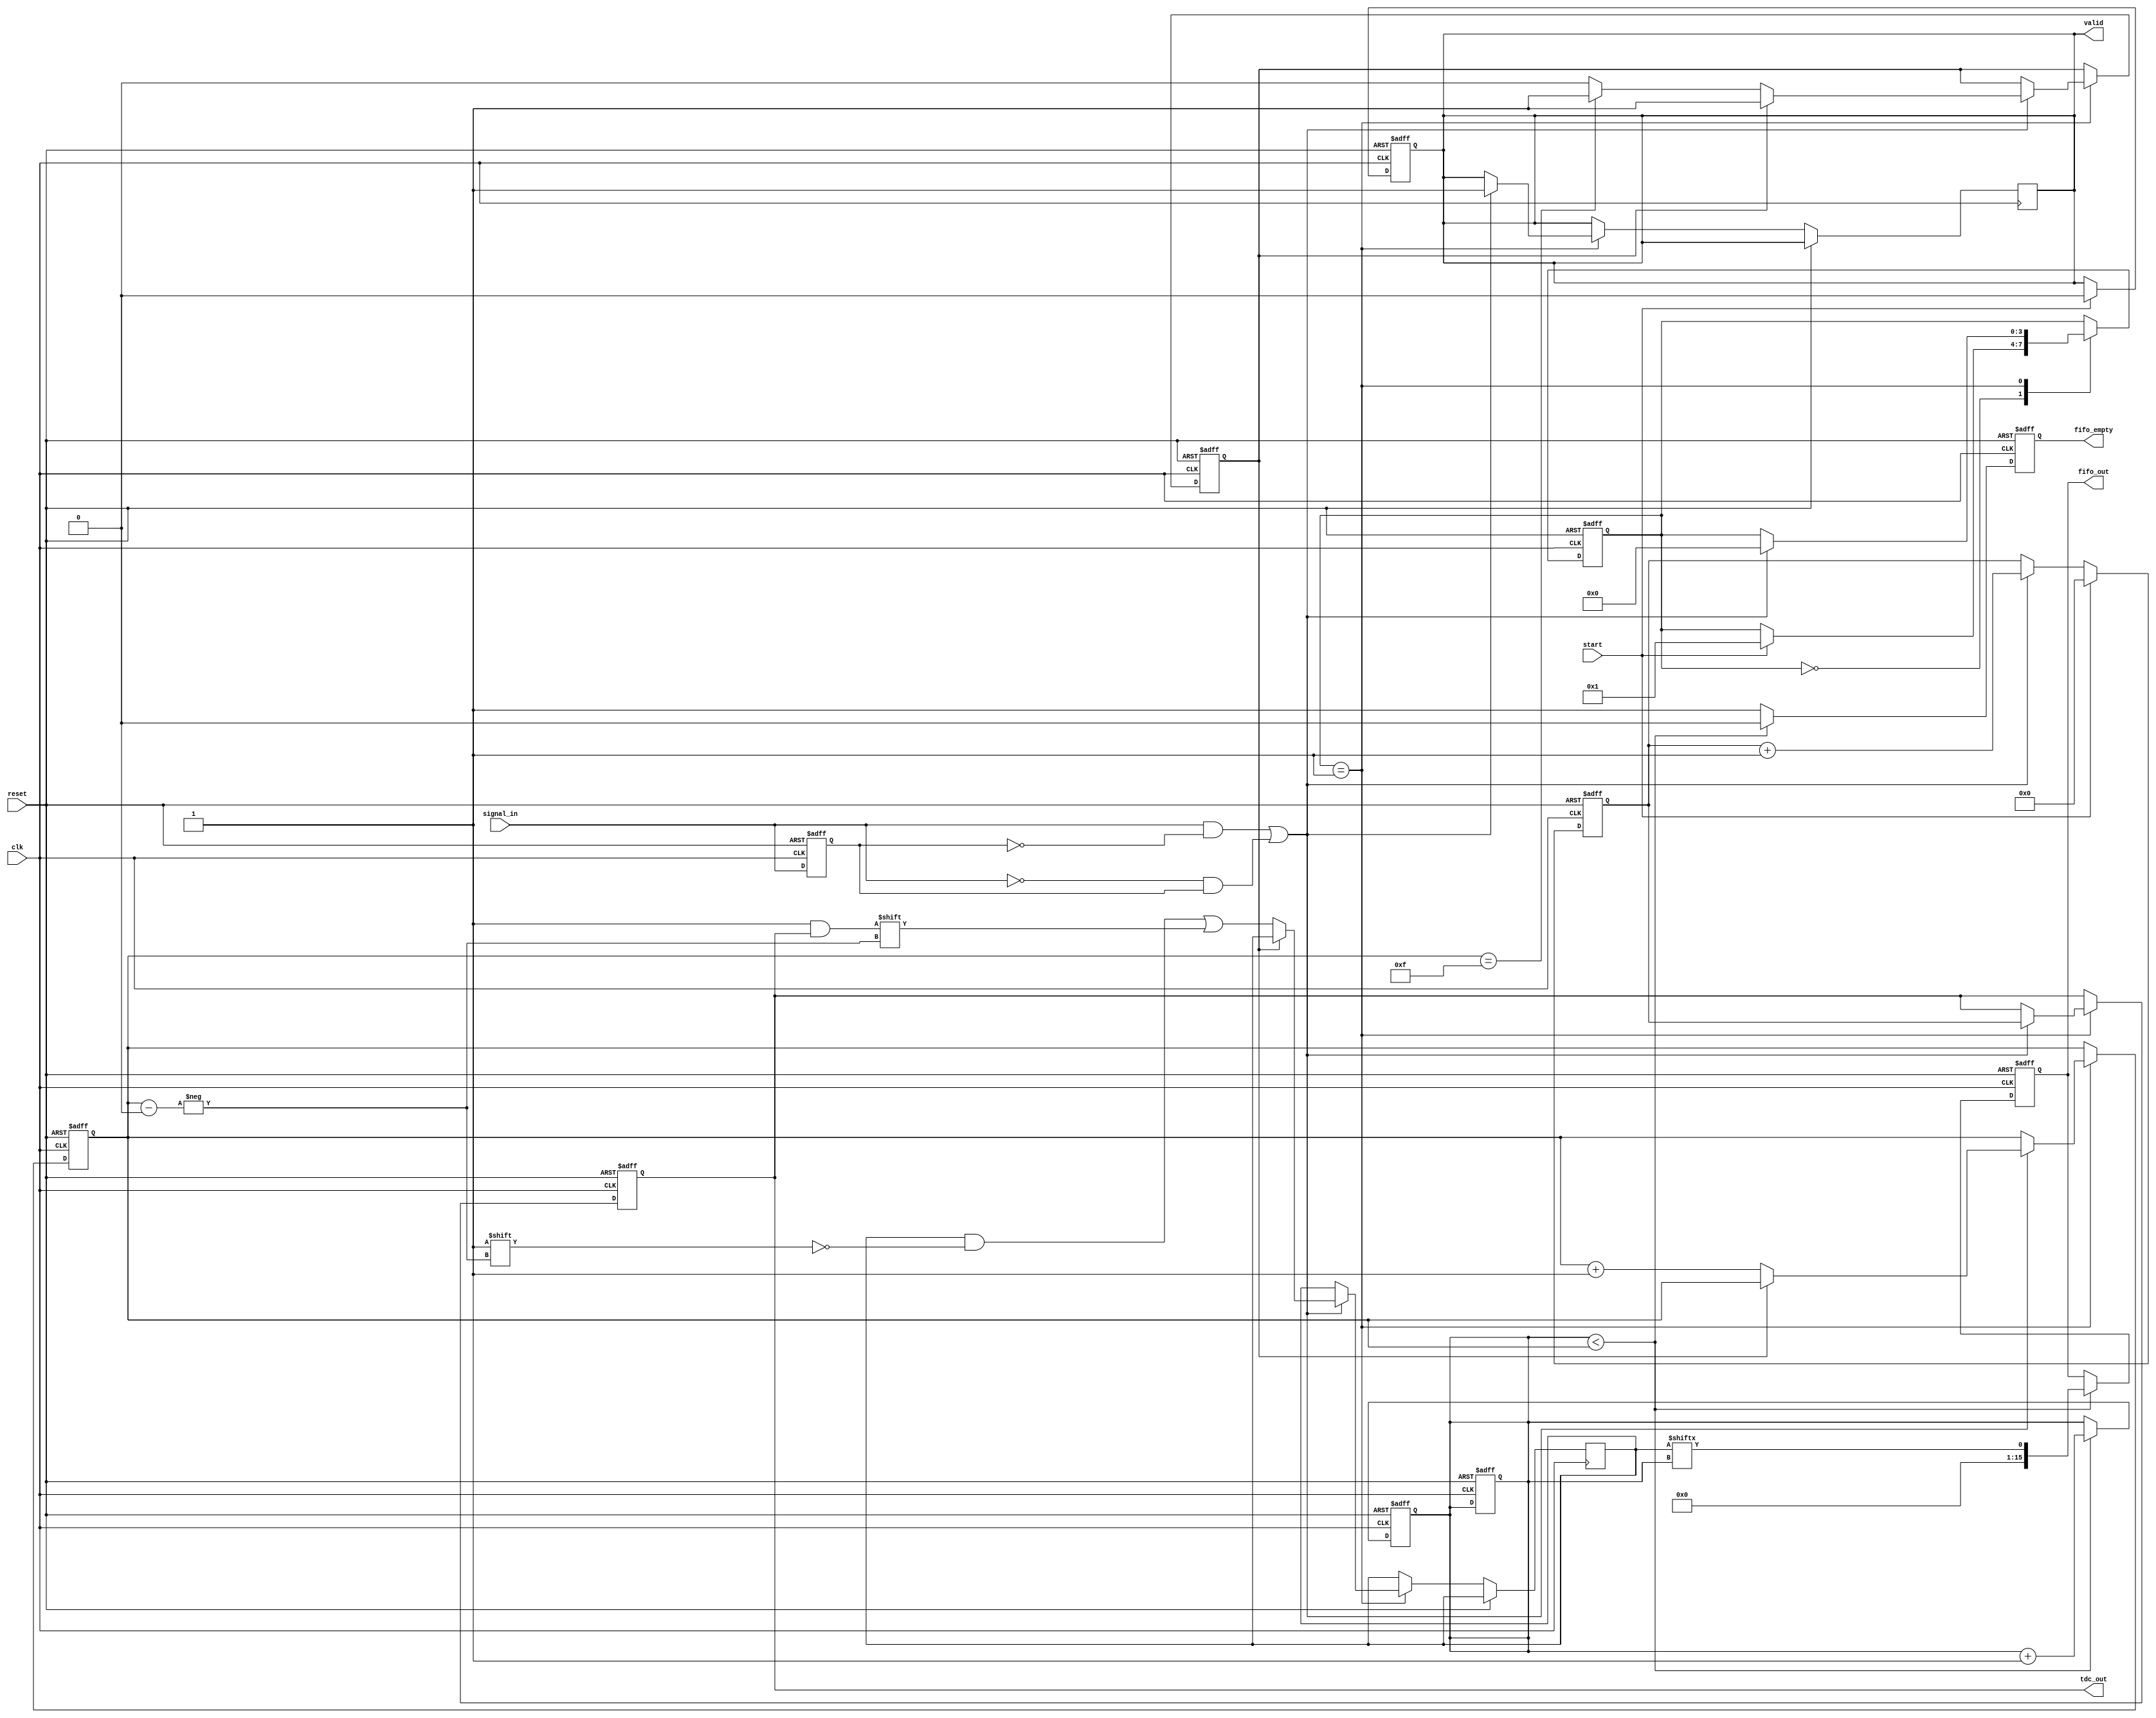
module Hybrid_TDC (
    input wire clk,             // High-frequency clock
    input wire reset,           // Asynchronous reset
    input wire start,           // Start measurement signal
    input wire signal_in,       // Input signal to measure
    output reg [15:0] tdc_out,  // Measured time interval output
    output reg valid,           // Valid output signal
    output reg [15:0] fifo_out, // FIFO output for stored measurements
    output reg fifo_empty       // FIFO empty flag
);

// Parameters
parameter DELAY_ELEMENTS = 8; // Number of delay elements
parameter FIFO_DEPTH = 16;     // Depth of the FIFO

// Internal signals
reg [DELAY_ELEMENTS-1:0] delay_line; // Delay line for time-stretching
reg [15:0] counter;                  // Digital counter
reg [3:0] state;                     // FSM state
reg [FIFO_DEPTH-1:0] fifo;           // FIFO storage
reg [3:0] fifo_write_ptr;            // FIFO write pointer
reg [3:0] fifo_read_ptr;             // FIFO read pointer
reg fifo_full;                       // FIFO full flag

// Edge detection
reg signal_prev;
wire rising_edge, falling_edge;
assign rising_edge = signal_in & ~signal_prev;
assign falling_edge = ~signal_in & signal_prev;

// Time Stretching Logic
always @(posedge clk or posedge reset) begin
    if (reset) begin
        delay_line <= 0;
    end else begin
        delay_line <= {delay_line[DELAY_ELEMENTS-2:0], signal_in};
    end
end

// Digital Counter
always @(posedge clk or posedge reset) begin
    if (reset) begin
        counter <= 0;
        valid <= 0;
    end else if (start) begin
        counter <= 0;
        valid <= 0;
    end else if (rising_edge || falling_edge) begin
        counter <= counter + 1;
    end
end

// Control Logic (FSM)
always @(posedge clk or posedge reset) begin
    if (reset) begin
        state <= 0;
        tdc_out <= 0;
        fifo_write_ptr <= 0;
        fifo_read_ptr <= 0;
        fifo_full <= 0;
    end else begin
        case (state)
            0: begin // Idle state
                if (start) begin
                    state <= 1; // Go to counting state
                end
            end
            1: begin // Counting state
                if (rising_edge || falling_edge) begin
                    tdc_out <= counter;
                    valid <= 1;
                    // Push to FIFO if not full
                    if (!fifo_full) begin
                        fifo[fifo_write_ptr] <= tdc_out;
                        fifo_write_ptr <= fifo_write_ptr + 1;
                        if (fifo_write_ptr == FIFO_DEPTH - 1) begin
                            fifo_full <= 1; // FIFO is full
                        end
                    end
                    state <= 0; // Go back to idle
                end
            end
        endcase
    end
end

// FIFO Read Logic
always @(posedge clk or posedge reset) begin
    if (reset) begin
        fifo_read_ptr <= 0;
        fifo_out <= 0;
        fifo_empty <= 1;
    end else begin
        if (fifo_read_ptr < fifo_write_ptr) begin
            fifo_out <= fifo[fifo_read_ptr];
            fifo_read_ptr <= fifo_read_ptr + 1;
            fifo_empty <= 0;
        end else begin
            fifo_empty <= 1; // FIFO is empty
        end
    end
end

// Signal state for edge detection
always @(posedge clk or posedge reset) begin
    if (reset) begin
        signal_prev <= 0;
    end else begin
        signal_prev <= signal_in;
    end
end

endmodule